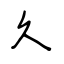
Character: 久